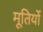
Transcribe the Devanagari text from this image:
मूतिर्यो